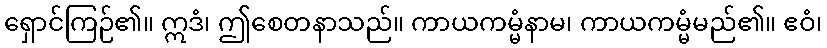
ရှောင်ကြဉ်၏။ ဣဒံ၊ ဤစေတနာသည်။ ကာယကမ္မံနာမ၊ ကာယကမ္မံမည်၏။ ဧဝံ၊